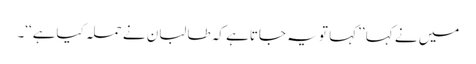
میں نے کہا ’’کہا تو یہ جاتاہے کہ طالبان نے حملہ کیاہے‘‘۔